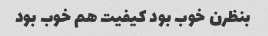
بنظرن خوب بود کیفیت هم خوب بود